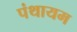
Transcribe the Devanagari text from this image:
पंथायम